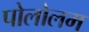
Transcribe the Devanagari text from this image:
पोलोलम